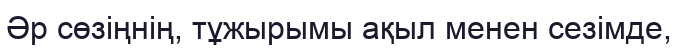
Әр сөзіңнің, тұжырымы ақыл менен сезімде,